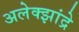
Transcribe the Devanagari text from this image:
अलेक्झांद्रे